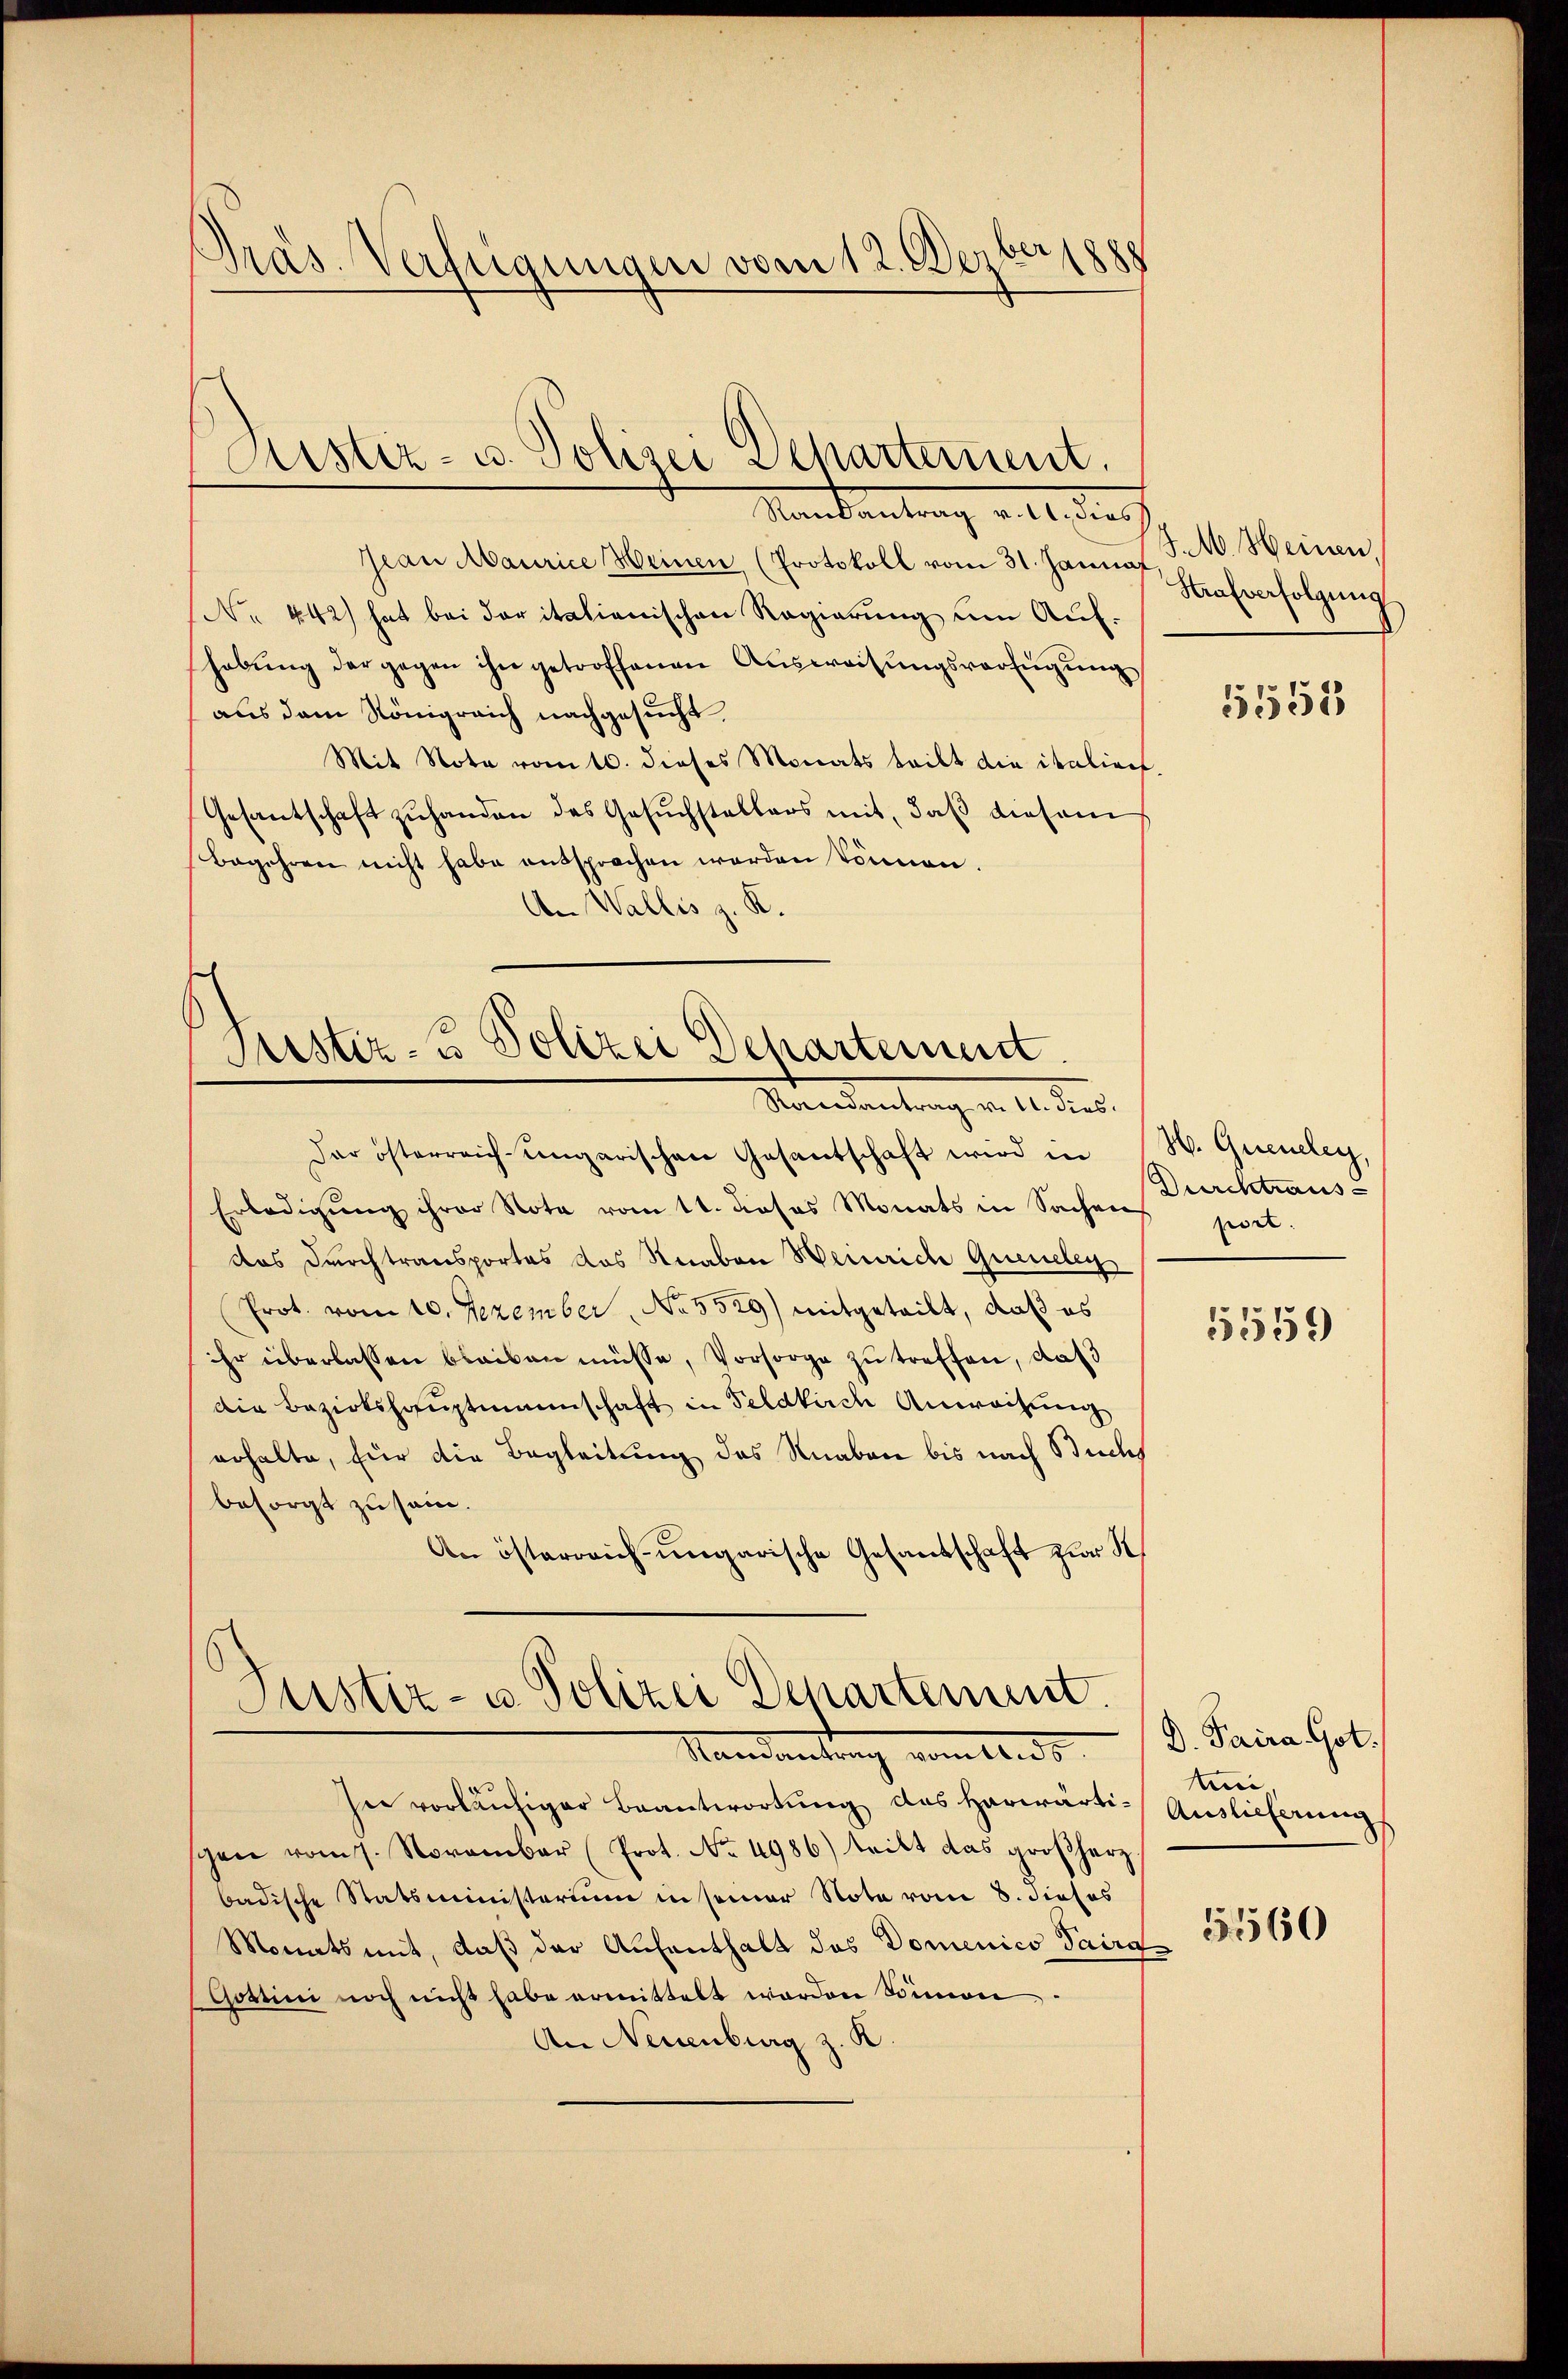
Präs. Verfügungen vom 12. Dezber1888

Aistiz- u. Polizei Departement.
Mandantrag voll die

Jean Maurice Heinen (Protokoll vom 31. Januar J. M. Heinen,
No 442) hat bei der italienischen Regierung um Aufhabŭng der gegen ihn getroffenen Aŭsweisŭngsverfügŭng
aus dem Königreich nachgesucht
Mit Note vom 10. dieses Monats teilt die italiret.
Gesantschaft zŭ handen des Gesŭchstellers mit, daβ diesem
Begehren nicht habe entsprochen worden können.
An Wallis z. K.

Justiz- & Polizei Dechartement.
Randantrag v. 11. dies

Dar österreich-ungarischen Gesantschaft wird in H. Gueneley
Erledigung ihrer Note vom 11. dieses Monats in Sachens jet
das Durchtransportes das Knaben Heinrich Queneley
(Prot. vom 10. Jezember, No. 5529) mitgeteilt, daß es
hr überlassen bleiben müsse, Vorsorge zu treffen, daß
die Bezirkshauptmannschaft in Feldkirch Anwachung
erhalte, für die Begleitung des Knaben bis nach Buchs
besorgt zu sei.
An österreich-ungarische Gesandschaft zur K

Justiz- u Polizei Departement.
Mandantrag vom 14. ds.

Strafverfolgung

In vorläufiger Beantwortung des herwärtischen vom 7. November (Prot. No. 4986) teilt das großherz
badische Statsministerium in seiner Note vom 8. dieses
Monats mit, daß der Aufenthalt des Domenico Saira¬
Gattini noch nicht habe ermittelt werden Sinnen
An Neuenburg z. K.

5555

Durchtraus

1559

D. Paira Got.
tni
Auslieferung

51560